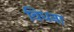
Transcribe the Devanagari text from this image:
विधना